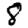
Digit: 8